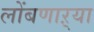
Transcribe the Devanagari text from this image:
लोंबणाऱ्या